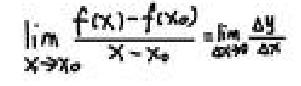
\[\lim_{x \to x_0} \frac{f(x) - f(x_0)}{x - x_0} = \lim_{\Delta x \to 0} \frac{\Delta y}{\Delta x}\]